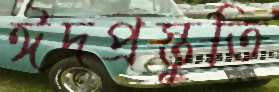
ঈদপ্রস্তুতি